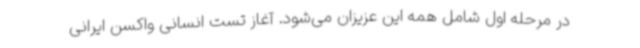
در مرحله اول شامل همه این عزیزان می‌شود. آغاز تست انسانی واکسن ایرانی